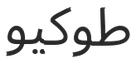
طوكيو